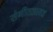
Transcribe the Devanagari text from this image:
संगीतआवड